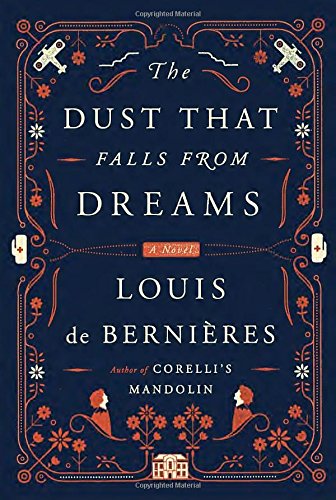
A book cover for The Dust That Falls from Dreams: A Novel; Louis de Bernieres; Literature & Fiction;